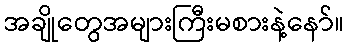
အချိုတွေအများကြီးမစားနဲ့နော်။